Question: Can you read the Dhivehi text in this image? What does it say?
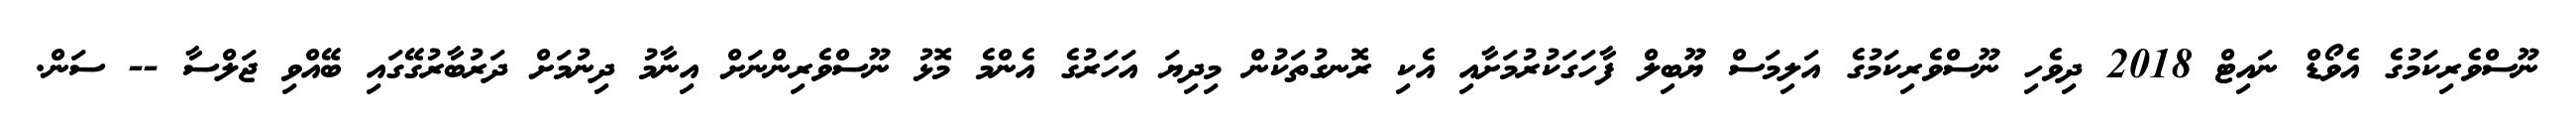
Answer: ނޫސްވެރިކަމުގެ އެވޯޑް ނައިޓް 2018 ދިވެހި ނޫސްވެރިކަމުގެ އަލިމަސް ޔޫބިލް ފާހަގަކުރުމަށާއި އެކި ރޮނގުތަކުން މިދިޔަ އަހަރުގެ އެންމެ މޮޅު ނޫސްވެރިންނަށް އިނާމު ދިނުމަށް ދަރުބާރުގޭގައި ބޭއްވި ޖަލްސާ -- ސަން.